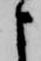
よ